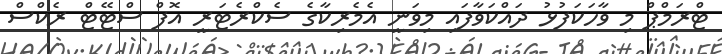
ޓްރަމްޕް މި ވާހަކަފުޅު ދައްކަވާފައި މިވަނީ އެމެރިކާގެ ސެކްރެޓަރީ އޮފް ސްޓޭޓް ރެކްސް